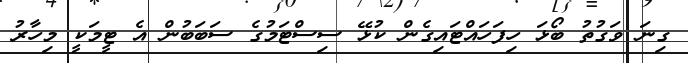
ގިނަ ވަގުތު ބޯޅަ ހިފަހައްޓައިގެން ކުޅޭ ސިސްޓަމުގެ ސަބަބުން އެ ޓީމަކީ މިހާރު